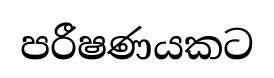
පරීෂණයකට